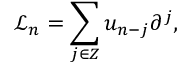
{ \mathcal L } _ { n } = \sum _ { j \in Z } u _ { n - j } \partial ^ { j } ,